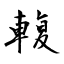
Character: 輹